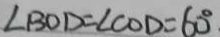
\angle B O D = \angle C O D = 6 0 ^ { \circ } _ { \cdot }